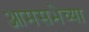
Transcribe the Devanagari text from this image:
आमसभेच्या